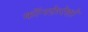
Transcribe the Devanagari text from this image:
कॉनफ़ेरेशो